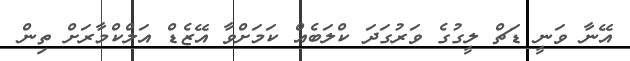
އޭނާ ވަނީ ޑަޗް ލީގުގެ ވަރުގަދަ ކްލަބެއް ކަމަށްވާ އޭޒެޑް އަލްކްމާރަށް ތިން